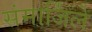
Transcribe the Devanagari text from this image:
संमार्जिले